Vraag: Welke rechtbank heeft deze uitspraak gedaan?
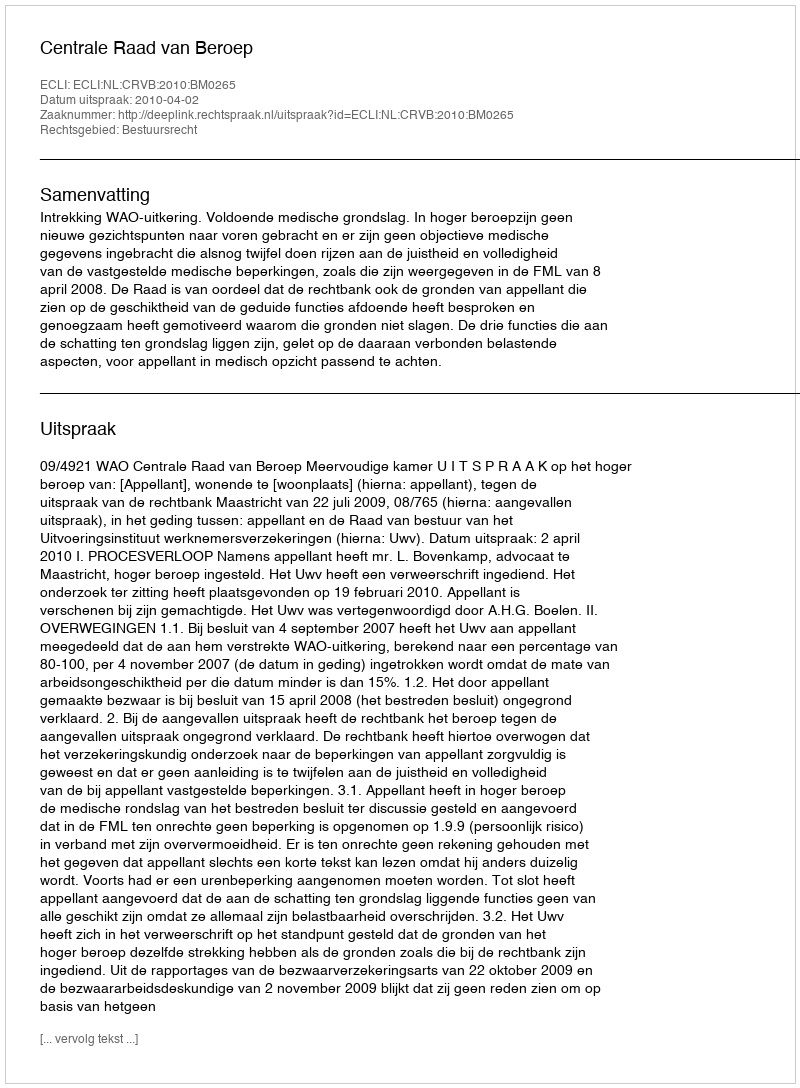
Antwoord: Centrale Raad van Beroep